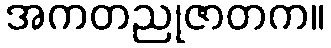
အကတညုဇာတက။